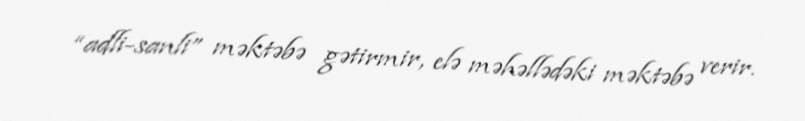
“adli-sanli” məktəbə gətirmir, elə məhəllədəki məktəbə verir.